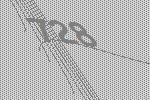
728